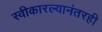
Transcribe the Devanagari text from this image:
स्वीकारल्यानंतरही